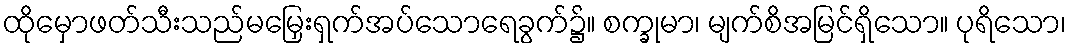
ထိုမှောဖတ်သီးသည်မမြှေးရှက်အပ်သောရေခွက်၌။ စက္ခုမာ၊ မျက်စိအမြင်ရှိသော။ ပုရိသော၊